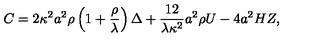
C = 2 \kappa ^ { 2 } a ^ { 2 } \rho \left( 1 + { \frac { \rho } { \lambda } } \right) \Delta + { \frac { 1 2 } { \lambda \kappa ^ { 2 } } } a ^ { 2 } \rho U - 4 a ^ { 2 } H Z ,